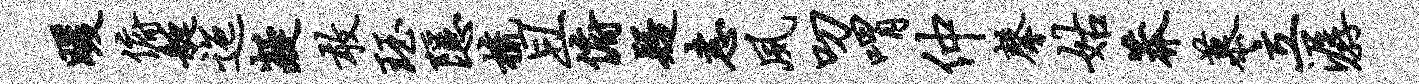
暖俯艇迤凝敢珏隐梳且俯疑恚夙叨喟仲馨姑莽慕立潺